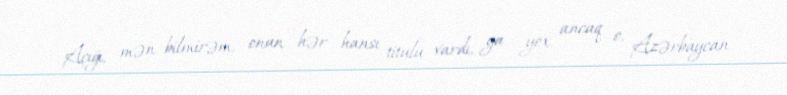
Açığı, mən bilmirəm, onun hər hansı titulu vardı, ya yox, ancaq o, Azərbaycan